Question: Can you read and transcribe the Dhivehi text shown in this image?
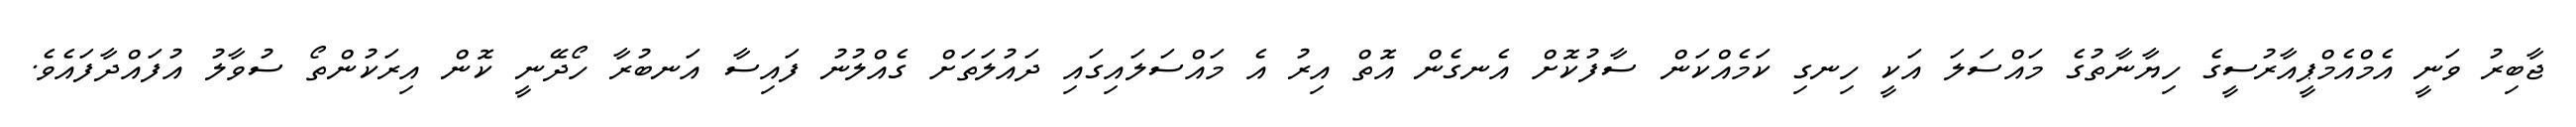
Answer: ޖާބިރު ވަނީ އެމްއެމްޕީއާރުސީގެ ހިޔާނާތުގެ މައްސަލަ އަކީ ހިނގި ކަމެއްކަން ސާފުކޮށް އެނގެން އޮތް އިރު އެ މައްސަލައިގައި ދައުލަތަށް ގެއްލުނު ފައިސާ އަނބުރާ ހޯދޭނީ ކޮން އިރަކުންތޯ ސުވާލު އުފައްދާފައެވެ.